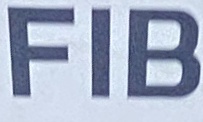
FIB